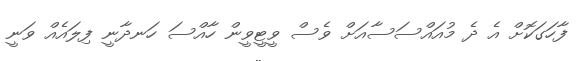
ފާހަގަކޮށް އެ ދެ މުއައްސަސާއަށް ވެސް ވީޓީވީން ހާއްސަ ހަނދާނީ ފިލައެއް ވަނީ